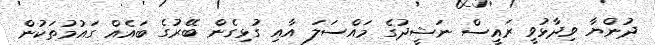
ދުންޔާ ވިދާޅުވީ ރައީސް ނަޝީދުގެ މައްސަލަ އާއި ގުޅިގެން ބޭރުގެ ބައެއް ގައުމުތަކުން